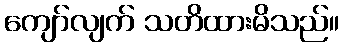
ကျော်လျက် သတိထားမိသည်။